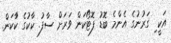
އަކީ ި ގަރުނުގެ އެންމެ ބޮޑު ފޮޓޯކަން ވަރަށް ސާފު. ކާކުގެ ކާުކަން.